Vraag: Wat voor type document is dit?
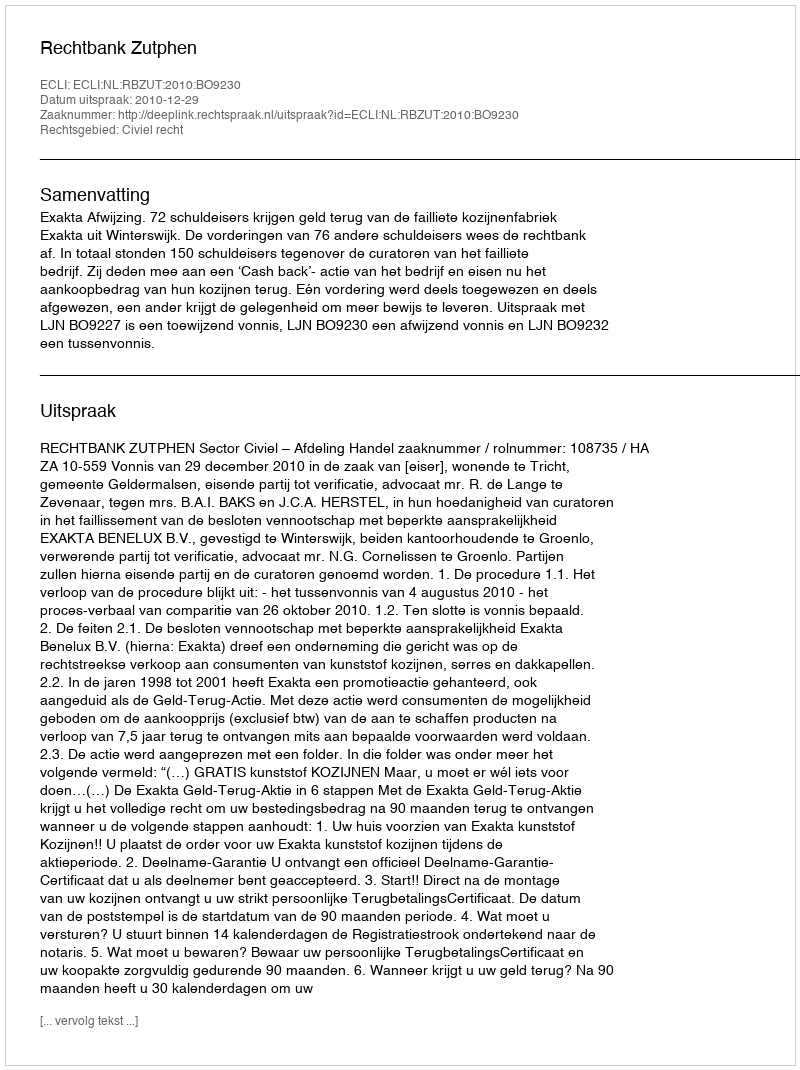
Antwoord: Uitspraak